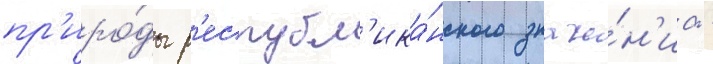
пр'иро́ды р'еспубл'ика́нского значе́н'иа -